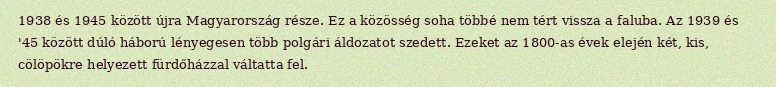
1938 és 1945 között újra Magyarország része. Ez a közösség soha többé nem tért vissza a faluba. Az 1939 és '45 között dúló háború lényegesen több polgári áldozatot szedett. Ezeket az 1800-as évek elején két, kis, cölöpökre helyezett fürdőházzal váltatta fel.